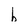
Character: b